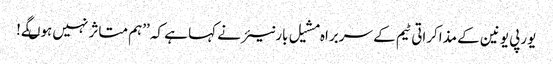
یورپی یونین کے مذاکراتی ٹیم کے سربراہ مشیل بارنیئر نے کہا ہے کہ ’’ہم متاثر نہیں ہوںگے!